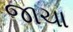
જાચા